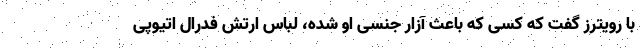
با رویترز گفت که کسی که باعث آزار جنسی او شده، لباس ارتش فدرال اتیوپی